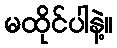
မထိုင်ပါနဲ့။